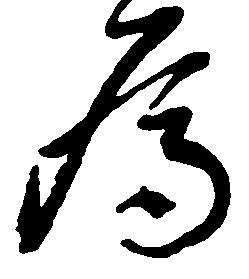
為